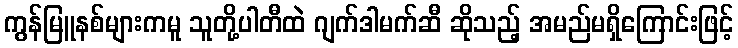
ကွန်မြူနစ်များကမူ သူတို့ပါတီထဲ ဂျက်ဒါမက်ဆီ ဆိုသည့် အမည်မရှိကြောင်းဖြင့်